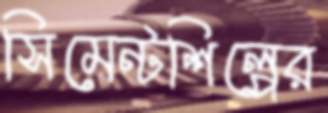
সিমেন্টশিল্পের